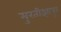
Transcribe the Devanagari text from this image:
मुरतीझापुर